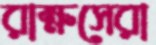
রাক্ষসেরা